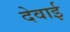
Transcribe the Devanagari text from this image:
देवाई